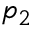
p _ { 2 }